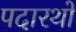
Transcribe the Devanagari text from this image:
पदारथों